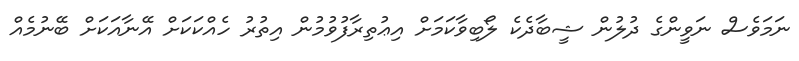
ނަމަވެސް ނަވީންގެ ދުލުން ޝީބާދެކެ ލޯބިވާކަމަށް އިޢުތިރާފުވުމުން އިތުރު ހެއްކަކަށް އޭނާއަކަށް ބޭނުމެއް